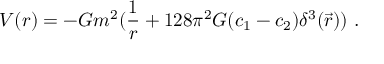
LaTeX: V ( r ) = - G m ^ { 2 } ( { \frac { 1 } { r } } + 1 2 8 \pi ^ { 2 } G ( c _ { 1 } - c _ { 2 } ) \delta ^ { 3 } ( \vec { r } ) ) ~ .